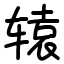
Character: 辕